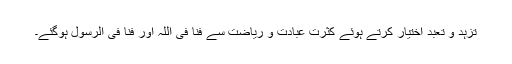
تزہد و تعبد اختیار کرتے ہوئے کثرت عبادت و ریاضت سے فنا فی اللہ اور فنا فی الرسول ہوگئے۔